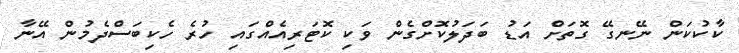
ކާކުކަން ނޭނގޭ ގޮތަށް އަޑު ބަދަލުކޮށްގެން ވަކި ކޮޓަރިއެއްގައި ހުރެ ހެކިބަސްދެމުން އޭނާ